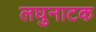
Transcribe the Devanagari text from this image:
लघुनाटक